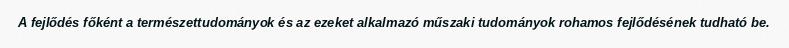
A fejlődés főként a természettudományok és az ezeket alkalmazó műszaki tudományok rohamos fejlődésének tudható be.